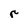
Character: r